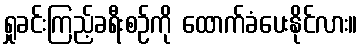
ရှုခင်းကြည့်ခရီးစဉ်ကို ထောက်ခံပေးနိုင်လား။